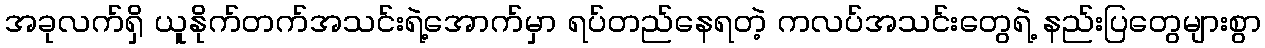
အခုလက်ရှိ ယူနိုက်တက်အသင်းရဲ့အောက်မှာ ရပ်တည်နေရတဲ့ ကလပ်အသင်းတွေရဲ့ နည်းပြတွေများစွာ